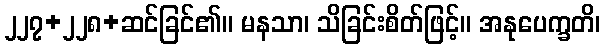
၂၂၇+၂၂၈+ဆင်ခြင်၏။ မနသာ၊ သိခြင်းစိတ်ဖြင့်။ အနုပေက္ခတိ၊